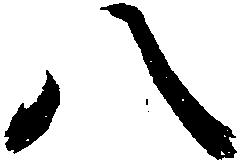
八